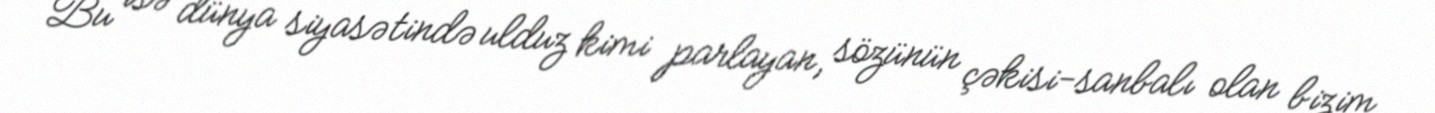
Bu isə dünya siyasətində ulduz kimi parlayan, sözünün çəkisi-sanbalı olan bizim